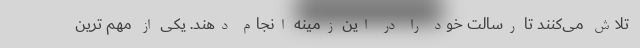
تلاش می‌کنند تا رسالت خود را در این زمینه انجام دهند. یکی از مهم ترین